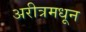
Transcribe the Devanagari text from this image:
अरीत्रमधून